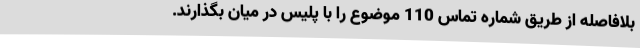
بلافاصله از طریق شماره تماس 110 موضوع را با پلیس در میان بگذارند.